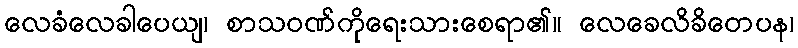
လေခံလေခါပေယျ၊ စာသဝဏ်ကိုရေးသားစေရာ၏။ လေခေလိခိတေပန၊